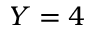
Y = 4